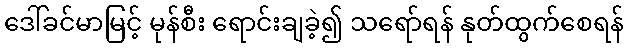
ဒေါ်ခင်မာမြင့် မုန်စီး ရောင်းချခဲ့၍ သရော်ရန် နုတ်ထွက်စေရန်